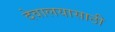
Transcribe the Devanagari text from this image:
देवालयासाठी